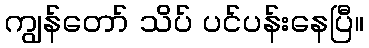
ကျွန်တော် သိပ် ပင်ပန်းနေပြီ။